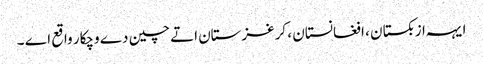
ایہہ ازبکستان ، افغانستان ، کرغزستان اتے چین دے وچکار واقع اے ۔